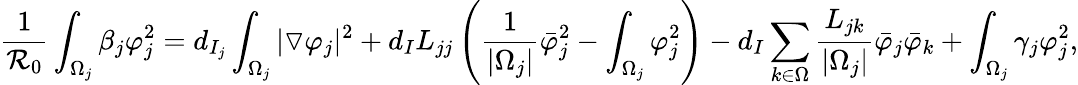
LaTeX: \frac{1}{\mathcal{R}_{0}}\int_{\Omega_{j}}\beta_{j}\varphi_{j}^{2}=d_{I_{j}}\int_{\Omega_{j}}|\triangledown\varphi_{j}|^{2}+d_{I}L_{jj}\left(\frac{1}{|\Omega_{j}|}\bar{\varphi}_{j}^{2}-\int_{\Omega_{j}}\varphi_{j}^{2}\right)-d_{I}\sum_{k\in\Omega}\frac{L_{jk}}{|\Omega_{j}|}\bar{\varphi}_{j}\bar{\varphi}_{k}+\int_{\Omega_{j}}\gamma_{j}\varphi_{j}^{2},